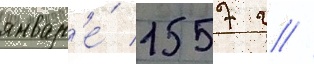
январ'е́ 1557 г //